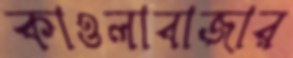
কাওলাবাজার